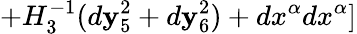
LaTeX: +H_{3}^{-1}(d\mathbf{y}_{5}^{2}+d\mathbf{y}_{6}^{2})+dx^{\alpha}dx^{\alpha}]